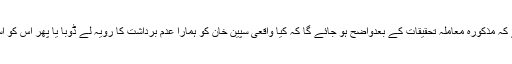
مجھے امید ہے کہ مذکورہ معاملہ تحقیقات کے بعدواضح ہو جائے گا کہ کیا واقعی سپین خان کو ہمارا عدم برداشت کا رویہ لے ڈوبا یا پھر اس کو استعمال کیا گیا؟